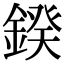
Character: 鍨